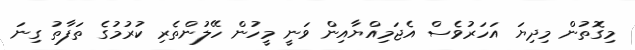
މިގޮތުން މިދިޔަ އަހަރުވެސް އެޖަމިއްޔާއިން ވަނީ މީހުން ހޭލުންތެރި ކުރުމުގެ ތަފާތު ގިނަ